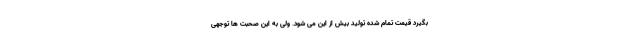
بگیرد قیمت تمام شده تولید بیش از این می شود. ولی به این صحبت ها توجهی